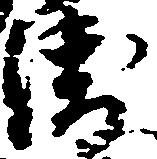
衛